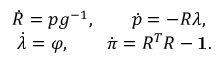
\begin{array} { r } { \dot { R } = p g ^ { - 1 } , \qquad \dot { p } = - R \lambda , ~ } \\ { \dot { \lambda } = \varphi , \qquad \dot { \pi } = R ^ { T } R - { \bf 1 } . } \end{array}